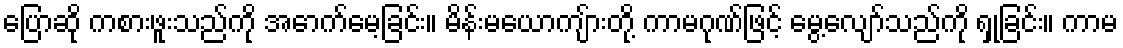
ပြောဆို ကစားဖူးသည်ကို အောက်မေ့ခြင်း။ မိန်းမယောကျ်ားတို့ ကာမဂုဏ်ဖြင့် မွေ့လျော်သည်ကို ရှုခြင်း။ ကာမ